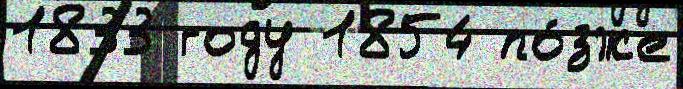
1833 году 1854 по́зже